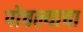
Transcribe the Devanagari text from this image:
पोचल्याचा